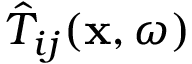
\hat { T } _ { i j } ( \mathbf { x } , \omega )